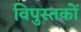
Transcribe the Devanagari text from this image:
विपुस्तकों